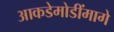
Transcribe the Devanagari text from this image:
आकडेमोडींमागे